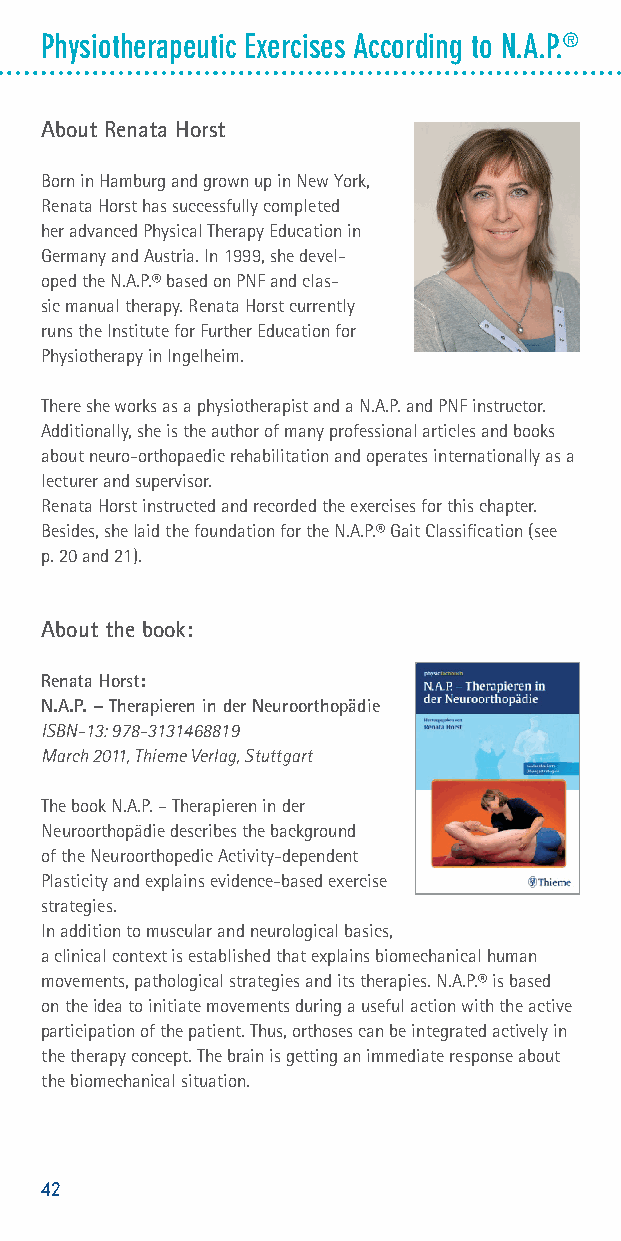
Physiotherapeutic Exercises According to N.A.P.®
 About Renata Horst
 Born in Hamburg and grown up in New York,
 Renata Horst has successfully completed
 her advanced Physical Therapy Education in
 Germany and Austria. In 1999, she devel-
 oped the N.A.P.® based on PNF and clas-
 sic manual therapy. Renata Horst currently
 runs the Institute for Further Education for
 Physiotherapy in Ingelheim.
 There she works as a physiotherapist and a N.A.P. and PNF instructor.
 Additionally, she is the author of many professional articles and books
 about neuro-orthopaedic rehabilitation and operates internationally as a
 lecturer and supervisor.
 Renata Horst instructed and recorded the exercises for this chapter.
 Besides, she laid the foundation for the N.A.P.® Gait Classification (see
 p. 20 and 21).
 About the book:
 Renata Horst:
 N.A.P. – Therapieren in der Neuroorthopädie
 ISBN-13: 978-3131468819
 March 2011, Thieme Verlag, Stuttgart
 The book N.A.P. – Therapieren in der
 Neuroorthopädie describes the background
 of the Neuroorthopedic Activity-dependent
 Plasticity and explains evidence-based exercise
 strategies.
 In addition to muscular and neurological basics,
 a clinical context is established that explains biomechanical human
 movements, pathological strategies and its therapies. N.A.P.® is based
 on the idea to initiate movements during a useful action with the active
 participation of the patient. Thus, orthoses can be integrated actively in
 the therapy concept. The brain is getting an immediate response about
 the biomechanical situation.
 42